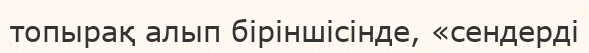
топырақ алып біріншісінде, «сендерді